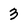
Character: 3